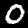
Label: 0